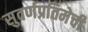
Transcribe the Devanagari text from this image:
सुवर्णप्रतिमेची